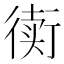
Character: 𲀟